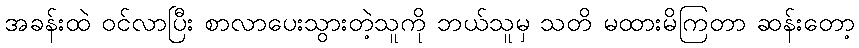
အခန်းထဲ ဝင်လာပြီး စာလာပေးသွားတဲ့သူကို ဘယ်သူမှ သတိ မထားမိကြတာ ဆန်းတော့